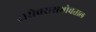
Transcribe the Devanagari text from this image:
सरोवरासभोवताल